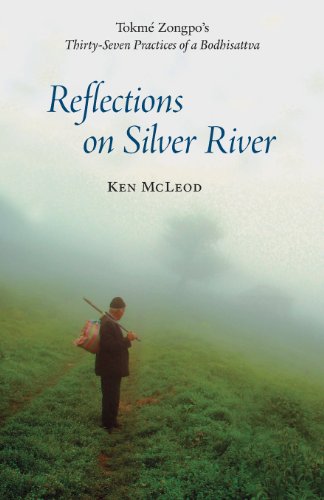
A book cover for Reflections on Silver River; Ken McLeod; Religion & Spirituality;